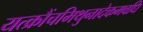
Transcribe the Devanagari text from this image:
यत्क्रौंचमिथुनादेकमवधि